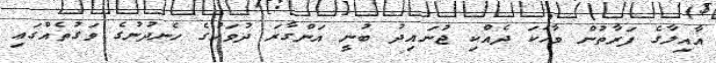
އާއިލާގެ ފަރާތުން ވާހަކަ ދެއްކި ޖުނައިދު ބުނީ އަންގާރަ ދުވަހުގެ ހެނދުނުގެ ވަގުތެއްގައި